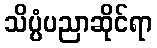
သိပ္ပံပညာဆိုင်ရာ